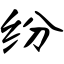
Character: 纷